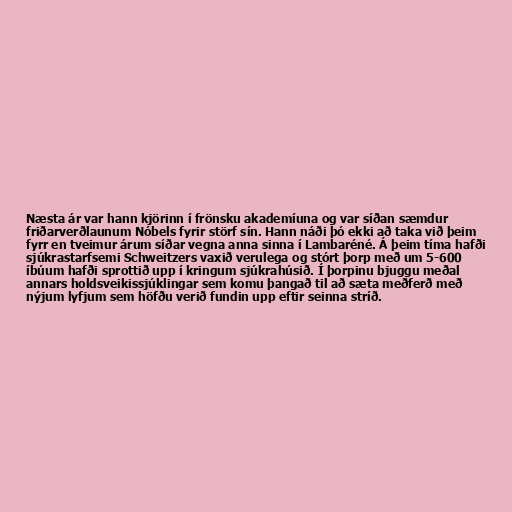
Næsta ár var hann kjörinn í frönsku akademíuna og var síðan sæmdur
friðarverðlaunum Nóbels fyrir störf sín. Hann náði þó ekki að taka við þeim
fyrr en tveimur árum síðar vegna anna sinna í Lambaréné. Á þeim tíma hafði
sjúkrastarfsemi Schweitzers vaxið verulega og stórt þorp með um 5-600
íbúum hafði sprottið upp í kringum sjúkrahúsið. Í þorpinu bjuggu meðal
annars holdsveikissjúklingar sem komu þangað til að sæta meðferð með
nýjum lyfjum sem höfðu verið fundin upp eftir seinna stríð.